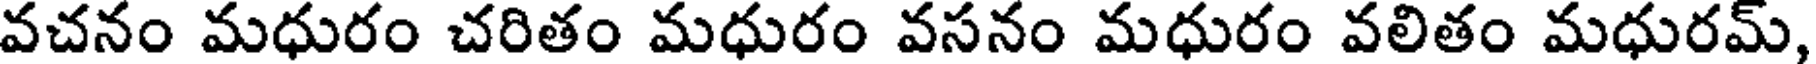
వచనం మధురం చరితం మధురం వసనం మధురం వలితం మధురమ్,